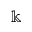
\Bbbk